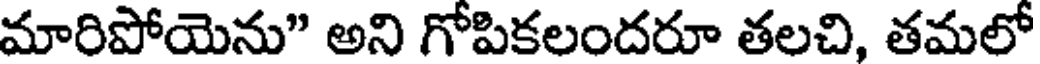
మారిపోయెను" అని గోపికలందరూ తలచి, తమలో